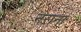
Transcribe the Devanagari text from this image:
नराना